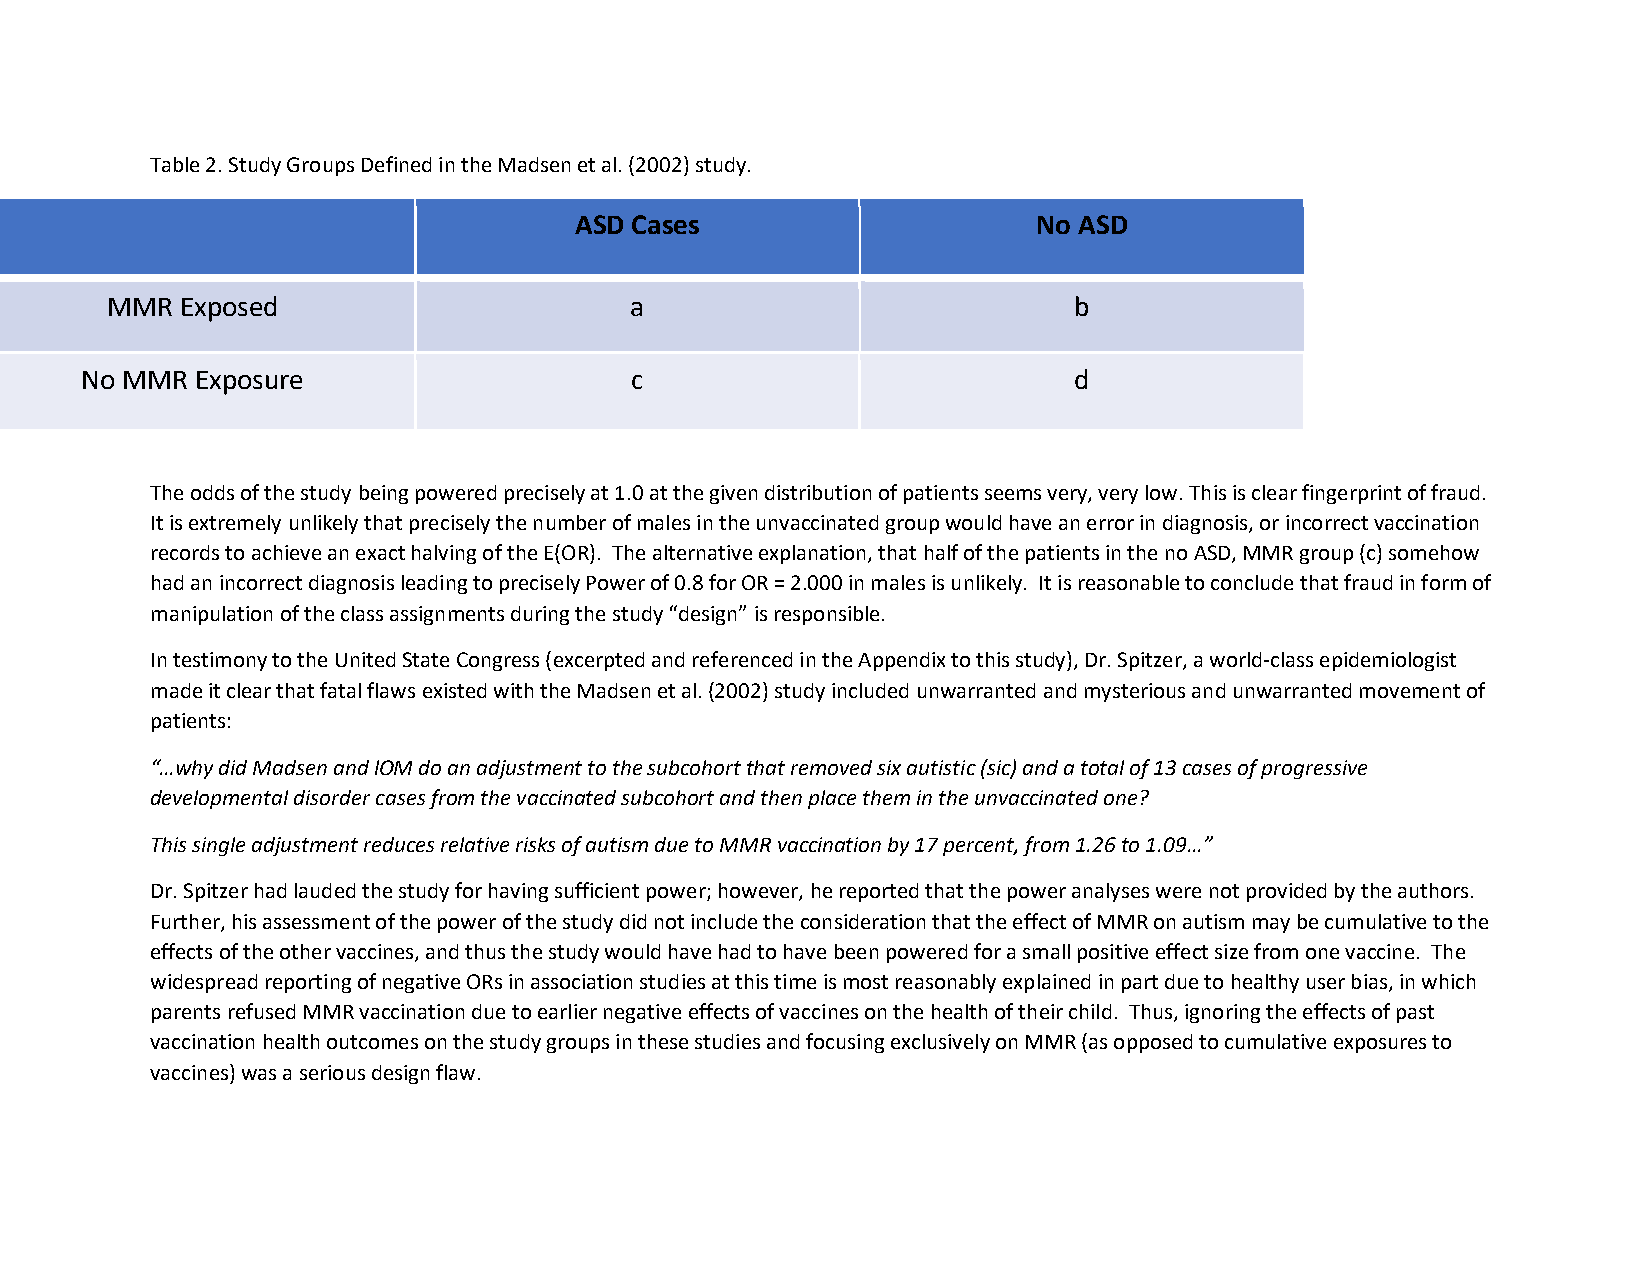
Table 2. Study Groups Defined in the Madsen et al. (2002) study.
 ASD Cases                      No ASD
 MMR  Exposed                       a                            b
 No MMR  Exposure                     c                            d
 The odds of the study being powered precisely at 1.0 at the given distribution of patients seems very, very low. This is clear fingerprint of fraud.
 It is extremely unlikely that precisely the number of males in the unvaccinated group would have an error in diagnosis, or incorrect vaccination
 records to achieve an exact halving of the E(OR). The alternative explanation, that half of the patients in the no ASD, MMR group (c) somehow
 had an incorrect diagnosis leading to precisely Power of 0.8 for OR = 2.000 in males is unlikely. It is reasonable to conclude that fraud in form of
 manipulation of the class assignments during the study “design” is responsible.
 In testimony to the United State Congress (excerpted and referenced in the Appendix to this study), Dr. Spitzer, a world-class epidemiologist
 made it clear that fatal flaws existed with the Madsen et al. (2002) study included unwarranted and mysterious and unwarranted movement of
 patients:
 “…why did Madsen and lOM do an adjustment to the subcohort that removed six autistic (sic) and a total of 13 cases of progressive
 developmental disorder cases from the vaccinated subcohort and then place them in the unvaccinated one?
 This single adjustment reduces relative risks of autism due to MMR vaccination by 17 percent, from 1.26 to 1.09…”
 Dr. Spitzer had lauded the study for having sufficient power; however, he reported that the power analyses were not provided by the authors.
 Further, his assessment of the power of the study did not include the consideration that the effect of MMR on autism may be cumulative to the
 effects of the other vaccines, and thus the study would have had to have been powered for a small positive effect size from one vaccine. The
 widespread reporting of negative ORs in association studies at this time is most reasonably explained in part due to healthy user bias, in which
 parents refused MMR vaccination due to earlier negative effects of vaccines on the health of their child. Thus, ignoring the effects of past
 vaccination health outcomes on the study groups in these studies and focusing exclusively on MMR (as opposed to cumulative exposures to
 vaccines) was a serious design flaw.